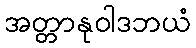
အတ္တာနုဝါဒဘယံ